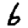
Digit: 6